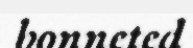
bonneted